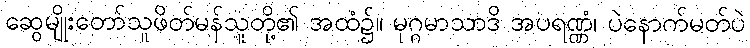
ဆွေမျိုးတော်သူဖိတ်မန်သူတို့၏ အထံ၌။ မုဂ္ဂမာသာဒိ အပရဏ္ဏံ၊ ပဲနောက်မတ်ပဲ